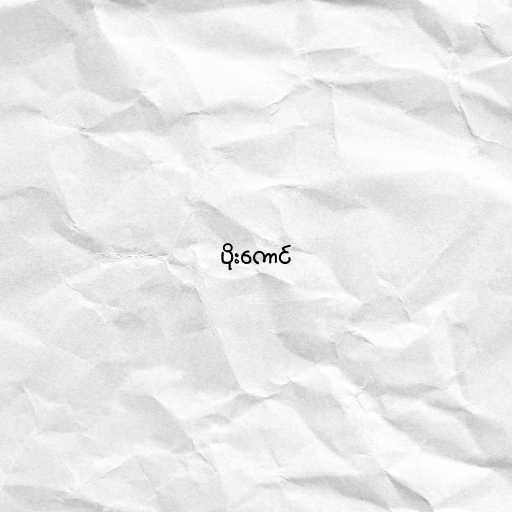
ပိုးကောင်